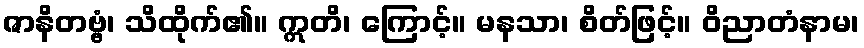
ဇာနိတဗ္ဗံ၊ သိထိုက်၏။ ဣတိ၊ ကြောင့်။ မနသာ၊ စိတ်ဖြင့်။ ဝိညာတံနာမ၊